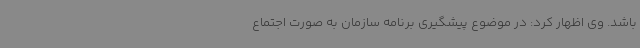
باشد. وی اظهار کرد: در موضوع پیشگیری برنامه سازمان به صورت اجتماع